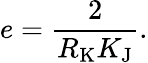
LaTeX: e={\frac{2}{R_{\mathrm{K}}K_{\mathrm{J}}}}.